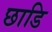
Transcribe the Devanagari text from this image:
छाडि